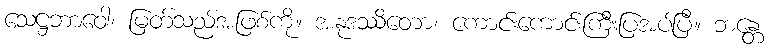
သေဋ္ဌဘာဝေါ၊ မြတ်သည်အဖြစ်ကို။ အနုဒဿိတော၊ ကောင်းကောင်းကြီးပြအပ်ပြီ။ ဘန္တေ